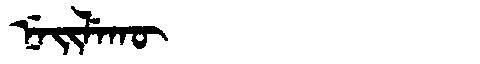
Manchu: ᠨᡝᡳᠯᡝᡴᡡ
Romanization: NEILEKŪ